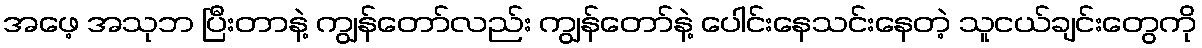
အဖေ့ အသုဘ ပြီးတာနဲ့ ကျွန်တော်လည်း ကျွန်တော်နဲ့ ပေါင်းနေသင်းနေတဲ့ သူငယ်ချင်းတွေကို